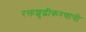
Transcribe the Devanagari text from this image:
रक्तशुद्धीकरणाची